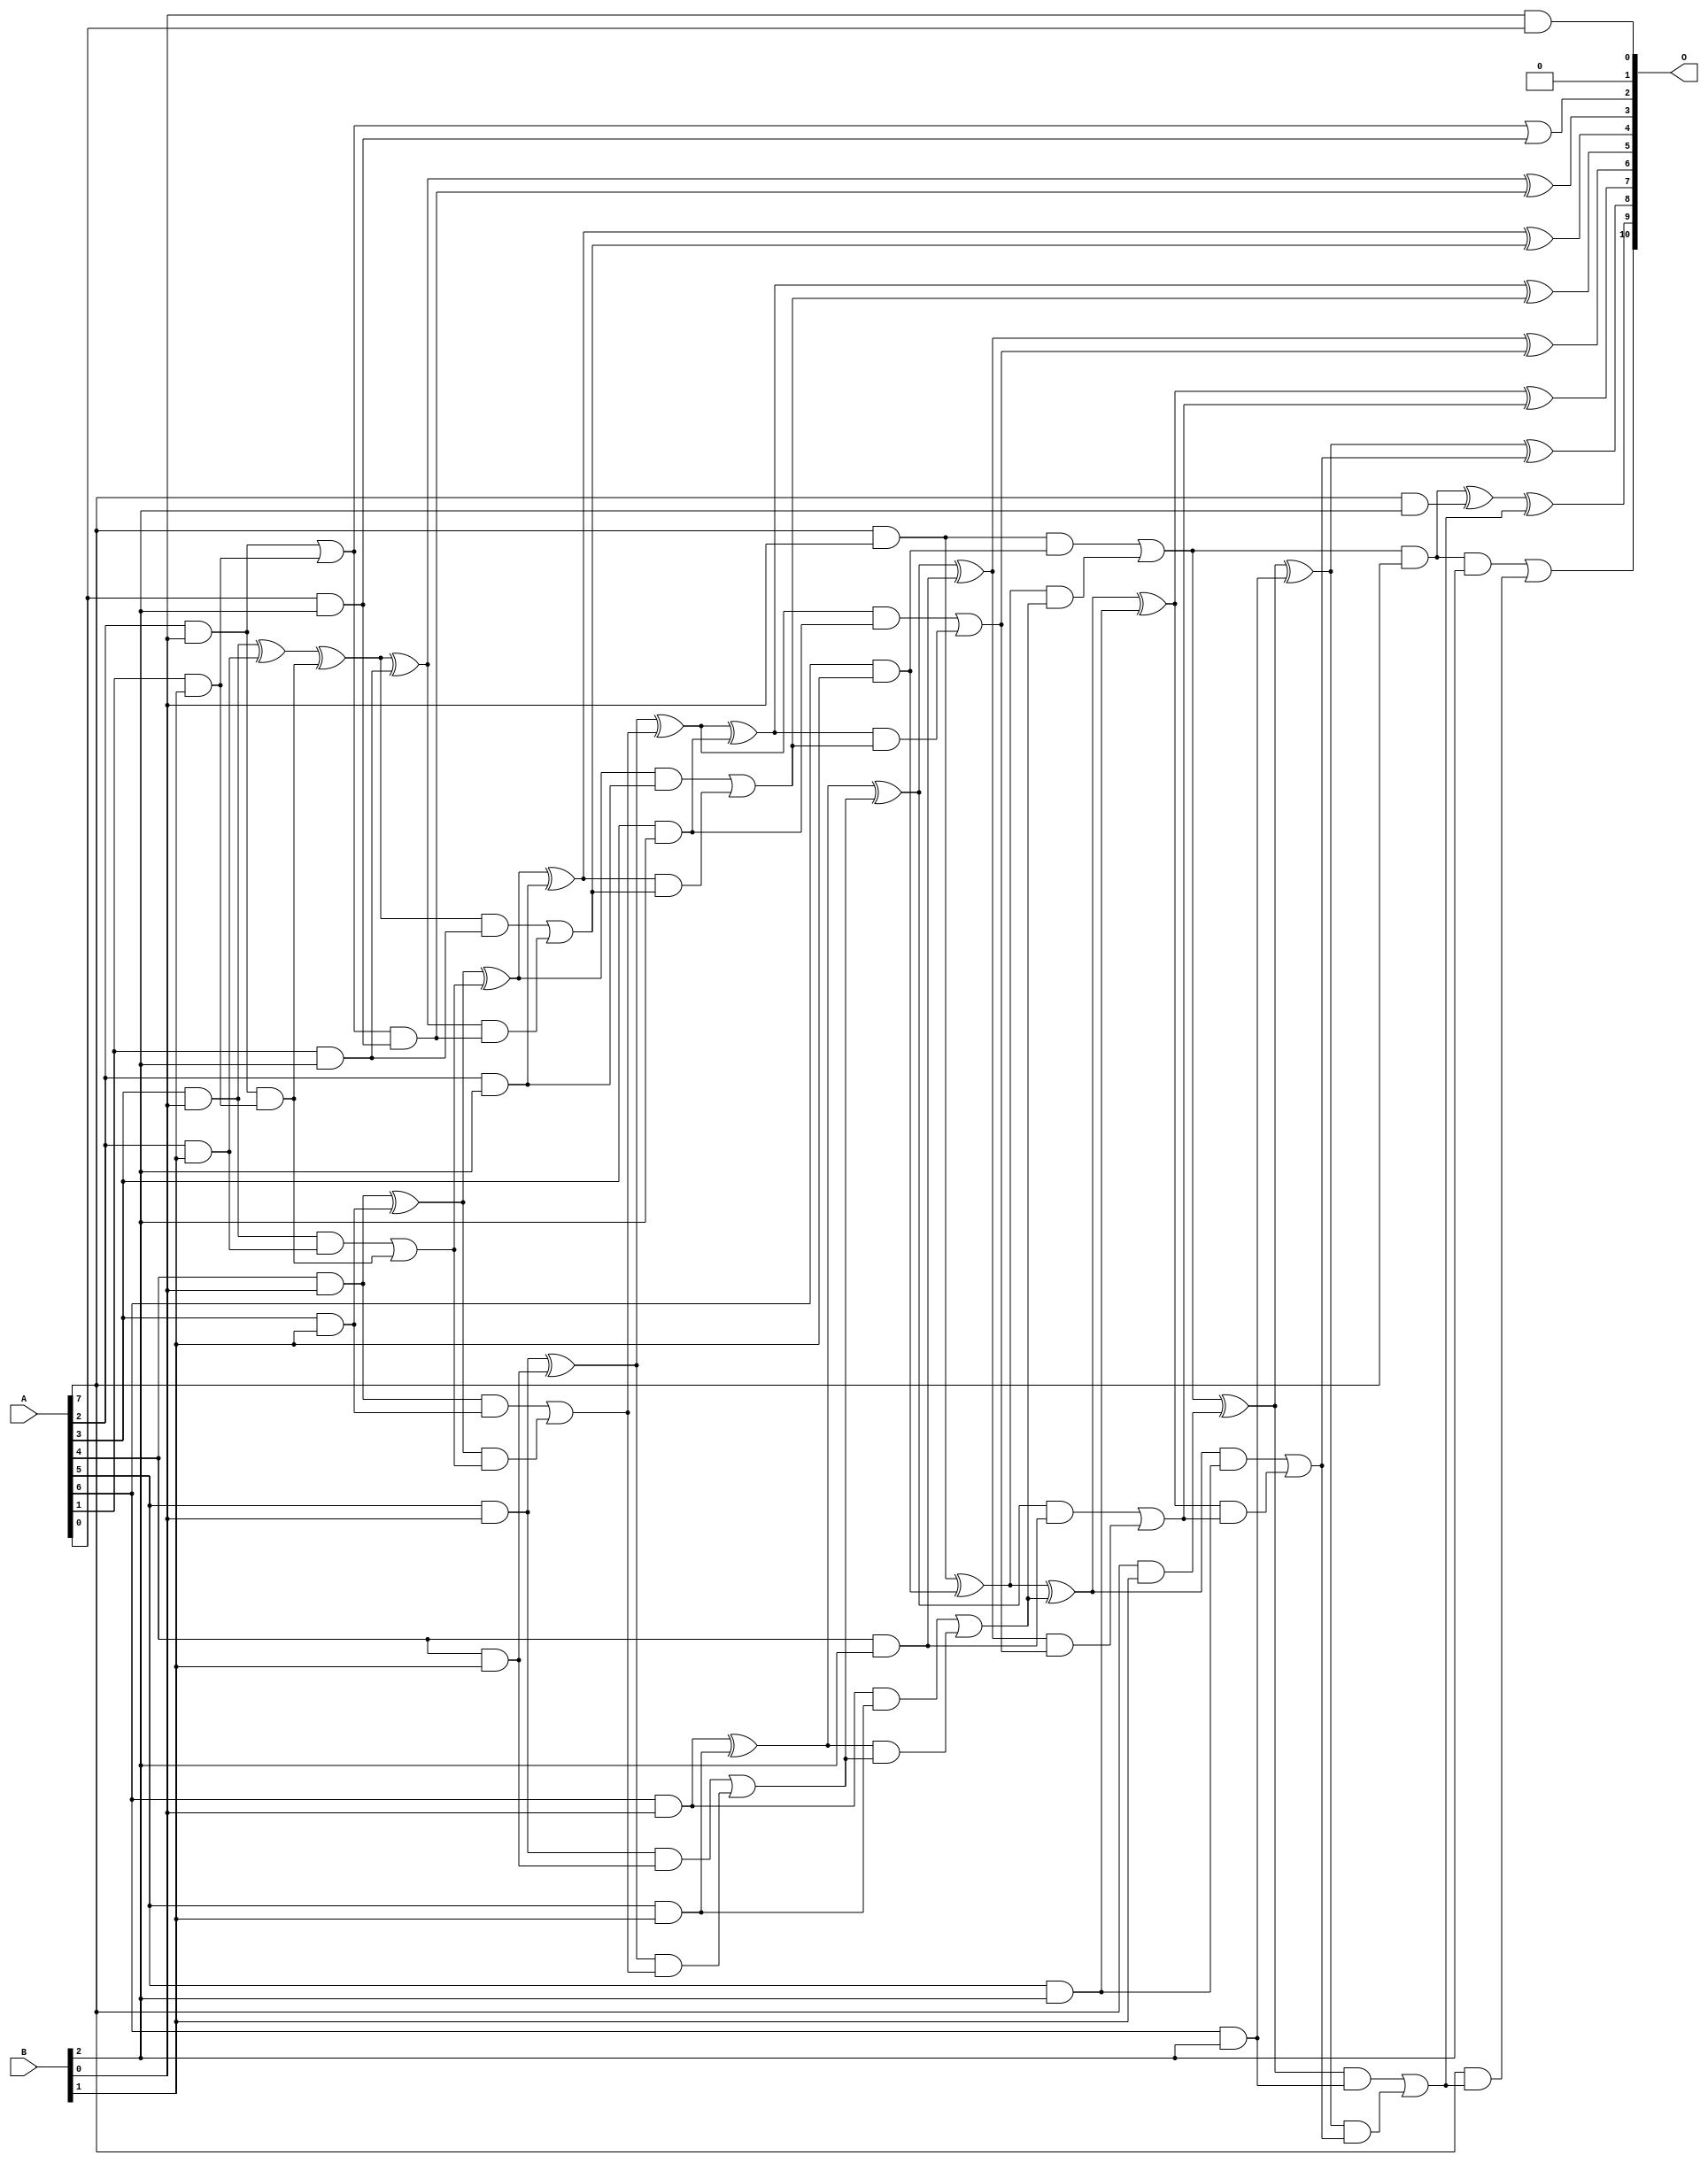
// This program was cloned from: https://github.com/ehw-fit/evoapproxlib
// License: MIT License

/***
* This code is a part of EvoApproxLib library (ehw.fit.vutbr.cz/approxlib) distributed under The MIT License.
* When used, please cite the following article(s): V. Mrazek, L. Sekanina, Z. Vasicek "Libraries of Approximate Circuits: Automated Design and Application in CNN Accelerators" IEEE Journal on Emerging and Selected Topics in Circuits and Systems, Vol 10, No 4, 2020 
* This file contains a circuit from a sub-set of pareto optimal circuits with respect to the pwr and ep parameters
***/
// MAE% = 0.046 %
// MAE = 0.94 
// WCE% = 0.20 %
// WCE = 4.0 
// WCRE% = 100.00 %
// EP% = 42.19 %
// MRE% = 0.93 %
// MSE = 2.2 
// PDK45_PWR = 0.074 mW
// PDK45_AREA = 219.6 um2
// PDK45_DELAY = 0.83 ns

module mul8x3u_109 (
    A,
    B,
    O
);

input [7:0] A;
input [2:0] B;
output [10:0] O;

wire sig_13,sig_14,sig_15,sig_16,sig_17,sig_18,sig_20,sig_21,sig_22,sig_23,sig_24,sig_25,sig_26,sig_27,sig_29,sig_30,sig_34,sig_35,sig_37,sig_38;
wire sig_39,sig_40,sig_41,sig_42,sig_43,sig_44,sig_45,sig_46,sig_47,sig_48,sig_49,sig_50,sig_51,sig_52,sig_53,sig_54,sig_55,sig_56,sig_57,sig_58;
wire sig_59,sig_60,sig_61,sig_62,sig_63,sig_64,sig_65,sig_66,sig_67,sig_68,sig_69,sig_70,sig_71,sig_72,sig_73,sig_74,sig_75,sig_76,sig_77,sig_78;
wire sig_79,sig_80,sig_81,sig_82,sig_83,sig_84,sig_85,sig_86,sig_87,sig_88,sig_89,sig_90,sig_91,sig_92,sig_93,sig_94,sig_95,sig_96,sig_97,sig_98;
wire sig_99,sig_100,sig_101,sig_102,sig_103,sig_104,sig_105;

assign sig_13 = A[2] & B[0];
assign sig_14 = A[3] & B[0];
assign sig_15 = A[4] & B[0];
assign sig_16 = A[5] & B[0];
assign sig_17 = A[6] & B[0];
assign sig_18 = A[7] & B[0];
assign sig_20 = A[1] & B[1];
assign sig_21 = A[2] & B[1];
assign sig_22 = A[3] & B[1];
assign sig_23 = A[4] & B[1];
assign sig_24 = A[5] & B[1];
assign sig_25 = A[6] & B[1];
assign sig_26 = A[7] & B[1];
assign sig_27 = B[0] & A[0];
assign sig_29 = sig_13 | sig_20;
assign sig_30 = sig_13 & sig_20;
assign sig_34 = sig_14 ^ sig_21;
assign sig_35 = sig_14 & sig_21;
assign sig_37 = sig_34 ^ sig_30;
assign sig_38 = sig_35 | sig_30;
assign sig_39 = sig_15 ^ sig_22;
assign sig_40 = sig_15 & sig_22;
assign sig_41 = sig_39 & sig_38;
assign sig_42 = sig_39 ^ sig_38;
assign sig_43 = sig_40 | sig_41;
assign sig_44 = sig_16 ^ sig_23;
assign sig_45 = sig_16 & sig_23;
assign sig_46 = sig_44 & sig_43;
assign sig_47 = sig_44 ^ sig_43;
assign sig_48 = sig_45 | sig_46;
assign sig_49 = sig_17 ^ sig_24;
assign sig_50 = sig_17 & sig_24;
assign sig_51 = sig_49 & sig_48;
assign sig_52 = sig_49 ^ sig_48;
assign sig_53 = sig_50 | sig_51;
assign sig_54 = sig_18 ^ sig_25;
assign sig_55 = sig_18 & sig_25;
assign sig_56 = sig_54 & sig_53;
assign sig_57 = sig_54 ^ sig_53;
assign sig_58 = sig_55 | sig_56;
assign sig_59 = sig_58 & A[7];
assign sig_60 = sig_58 ^ sig_26;
assign sig_61 = A[0] & B[2];
assign sig_62 = A[1] & B[2];
assign sig_63 = A[2] & B[2];
assign sig_64 = A[3] & B[2];
assign sig_65 = A[4] & B[2];
assign sig_66 = A[5] & B[2];
assign sig_67 = A[6] & B[2];
assign sig_68 = A[7] & B[2];
assign sig_69 = sig_29 & sig_61;
assign sig_70 = sig_29 | sig_61;
assign sig_71 = sig_37 ^ sig_62;
assign sig_72 = sig_37 & sig_62;
assign sig_73 = sig_71 & sig_69;
assign sig_74 = sig_71 ^ sig_69;
assign sig_75 = sig_72 | sig_73;
assign sig_76 = sig_42 ^ sig_63;
assign sig_77 = sig_42 & sig_63;
assign sig_78 = sig_76 & sig_75;
assign sig_79 = sig_76 ^ sig_75;
assign sig_80 = sig_77 | sig_78;
assign sig_81 = sig_47 ^ sig_64;
assign sig_82 = sig_47 & sig_64;
assign sig_83 = sig_81 & sig_80;
assign sig_84 = sig_81 ^ sig_80;
assign sig_85 = sig_82 | sig_83;
assign sig_86 = sig_52 ^ sig_65;
assign sig_87 = sig_52 & sig_65;
assign sig_88 = sig_86 & sig_85;
assign sig_89 = sig_86 ^ sig_85;
assign sig_90 = sig_87 | sig_88;
assign sig_91 = sig_57 ^ sig_66;
assign sig_92 = sig_57 & sig_66;
assign sig_93 = sig_91 & sig_90;
assign sig_94 = sig_91 ^ sig_90;
assign sig_95 = sig_92 | sig_93;
assign sig_96 = sig_60 ^ sig_67;
assign sig_97 = sig_60 & sig_67;
assign sig_98 = sig_96 & sig_95;
assign sig_99 = sig_96 ^ sig_95;
assign sig_100 = sig_97 | sig_98;
assign sig_101 = sig_59 ^ sig_68;
assign sig_102 = sig_59 & B[2];
assign sig_103 = A[7] & sig_100;
assign sig_104 = sig_101 ^ sig_100;
assign sig_105 = sig_102 | sig_103;

assign O[10] = sig_105;
assign O[9] = sig_104;
assign O[8] = sig_99;
assign O[7] = sig_94;
assign O[6] = sig_89;
assign O[5] = sig_84;
assign O[4] = sig_79;
assign O[3] = sig_74;
assign O[2] = sig_70;
assign O[1] = 1'b0;
assign O[0] = sig_27;

endmodule